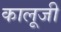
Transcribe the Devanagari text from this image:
कालूजी